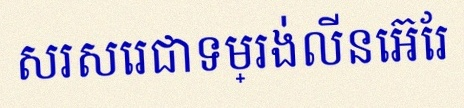
សរសេរជាទម្រង់លីនេអ៊ែរ